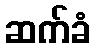
ဆက်ခံ